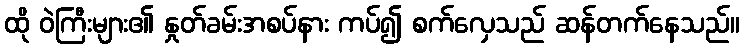
ထို ဝဲကြီးများ၏ နှုတ်ခမ်းအစပ်နား ကပ်၍ စက်လှေသည် ဆန်တက်နေသည်။